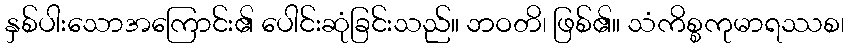
နှစ်ပါးသောအကြောင်း၏ ပေါင်းဆုံခြင်းသည်။ ဘဝတိ၊ ဖြစ်၏။ သံကိစ္စကုမာရဿစ၊